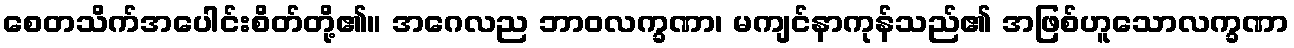
စေတသိက်အပေါင်းစိတ်တို့၏။ အဂေလည ဘာဝလက္ခဏာ၊ မကျင်နာကုန်သည်၏ အဖြစ်ဟူသောလက္ခဏာ